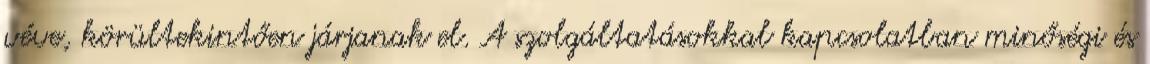
véve, körültekintően járjanak el. A szolgáltatásokkal kapcsolatban minőségi és